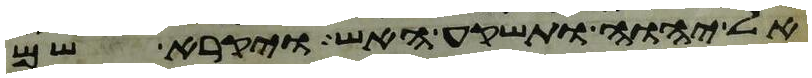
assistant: אל יהוה ותשקע האש ויקרא שם